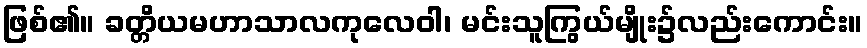
ဖြစ်၏။ ခတ္တိယမဟာသာလကုလေဝါ၊ မင်းသူကြွယ်မျိုး၌လည်းကောင်း။